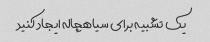
یک تشبیه برای سیاهچاله ایجاد کنید